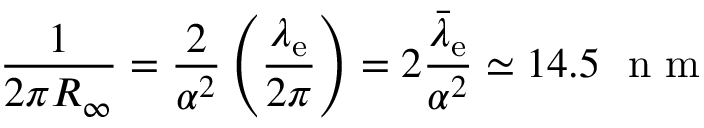
{ \frac { 1 } { 2 \pi R _ { \infty } } } = { \frac { 2 } { \alpha ^ { 2 } } } \left( { \frac { \lambda _ { \mathrm { e } } } { 2 \pi } } \right) = 2 { \frac { { \bar { \lambda } } _ { \mathrm { e } } } { \alpha ^ { 2 } } } \simeq 1 4 . 5 ~ { \textrm { n m } }